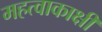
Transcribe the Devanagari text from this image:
महत्वाकाक्षी